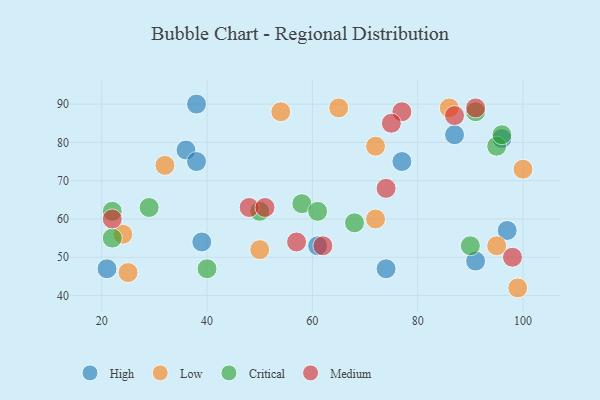
{"axis": {"x": "GDP", "y": "Life Expectancy"}, "legend": ["Critical", "High", "Low", "Medium"], "data": [{"x": "39", "y": 54, "type": "High"}, {"x": "87", "y": 82, "type": "High"}, {"x": "36", "y": 78, "type": "High"}, {"x": "61", "y": 53, "type": "High"}, {"x": "21", "y": 47, "type": "High"}, {"x": "97", "y": 57, "type": "High"}, {"x": "77", "y": 75, "type": "High"}, {"x": "96", "y": 81, "type": "High"}, {"x": "74", "y": 47, "type": "High"}, {"x": "38", "y": 90, "type": "High"}, {"x": "38", "y": 75, "type": "High"}, {"x": "91", "y": 49, "type": "High"}, {"x": "32", "y": 74, "type": "Low"}, {"x": "95", "y": 53, "type": "Low"}, {"x": "54", "y": 88, "type": "Low"}, {"x": "65", "y": 89, "type": "Low"}, {"x": "50", "y": 52, "type": "Low"}, {"x": "25", "y": 46, "type": "Low"}, {"x": "72", "y": 60, "type": "Low"}, {"x": "99", "y": 42, "type": "Low"}, {"x": "24", "y": 56, "type": "Low"}, {"x": "100", "y": 73, "type": "Low"}, {"x": "86", "y": 89, "type": "Low"}, {"x": "72", "y": 79, "type": "Low"}, {"x": "68", "y": 59, "type": "Critical"}, {"x": "29", "y": 63, "type": "Critical"}, {"x": "90", "y": 53, "type": "Critical"}, {"x": "50", "y": 62, "type": "Critical"}, {"x": "58", "y": 64, "type": "Critical"}, {"x": "61", "y": 62, "type": "Critical"}, {"x": "91", "y": 88, "type": "Critical"}, {"x": "22", "y": 62, "type": "Critical"}, {"x": "95", "y": 79, "type": "Critical"}, {"x": "22", "y": 55, "type": "Critical"}, {"x": "40", "y": 47, "type": "Critical"}, {"x": "96", "y": 82, "type": "Critical"}, {"x": "77", "y": 88, "type": "Medium"}, {"x": "22", "y": 60, "type": "Medium"}, {"x": "87", "y": 87, "type": "Medium"}, {"x": "75", "y": 85, "type": "Medium"}, {"x": "62", "y": 53, "type": "Medium"}, {"x": "48", "y": 63, "type": "Medium"}, {"x": "51", "y": 63, "type": "Medium"}, {"x": "74", "y": 68, "type": "Medium"}, {"x": "98", "y": 50, "type": "Medium"}, {"x": "91", "y": 89, "type": "Medium"}, {"x": "57", "y": 54, "type": "Medium"}]}